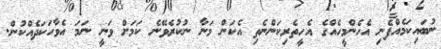
ނުބައިކަމެއްފެނި އެހެންމީހެއްގެ އެހީތެރިކަންނެތި އެކަން މަނާ ނުކުރެވޭނެ ކަމަށް ވަނީ ނަމަ އެވާހަކަދެއްކުން.